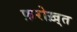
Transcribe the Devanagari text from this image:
फ़रोख़्त